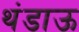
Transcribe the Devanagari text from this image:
थंडाऊ